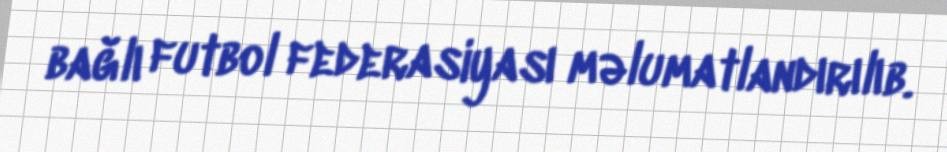
bağlı futbol federasiyası məlumatlandırılıb.